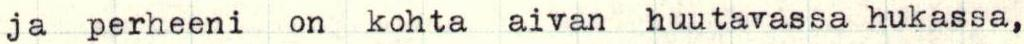
ja  perheeni  on kohta aivan  huutavassa hukassa,